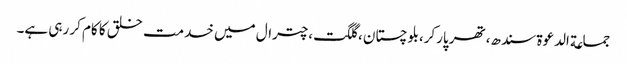
جماعة الدعوة سندھ،تھر پارکر،بلوچستان ،گلگت،چترال میں خدمت خلق کا کام کر رہی ہے۔